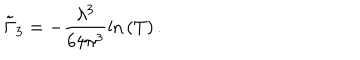
\tilde { \Gamma } _ { 3 } = - \frac { \lambda ^ { 3 } } { 6 4 \pi ^ { 3 } } \mathrm { l n } \left( T \right) .